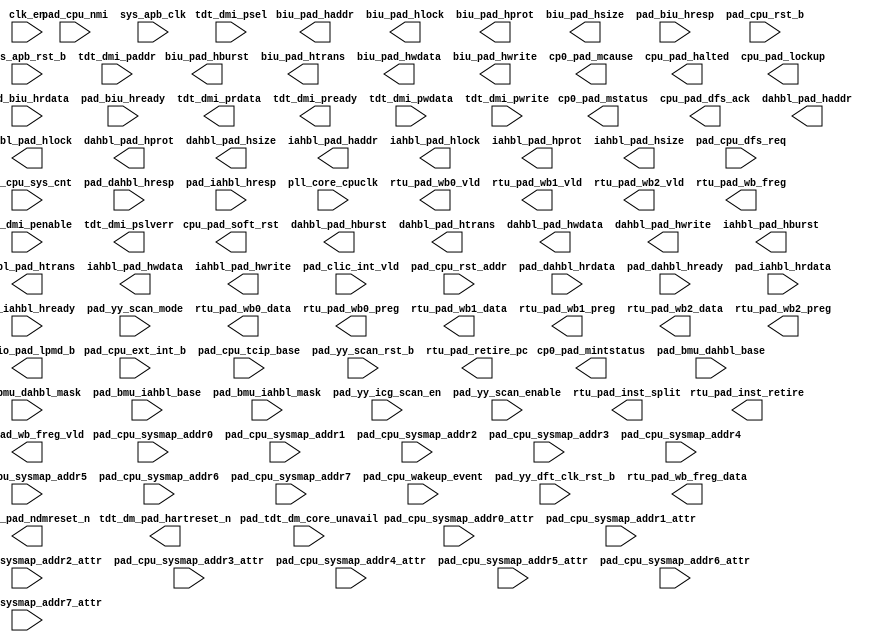
/*Copyright 2020-2021 T-Head Semiconductor Co., Ltd.

Licensed under the Apache License, Version 2.0 (the "License");
you may not use this file except in compliance with the License.
You may obtain a copy of the License at

    http://www.apache.org/licenses/LICENSE-2.0

Unless required by applicable law or agreed to in writing, software
distributed under the License is distributed on an "AS IS" BASIS,
WITHOUT WARRANTIES OR CONDITIONS OF ANY KIND, either express or implied.
See the License for the specific language governing permissions and
limitations under the License.
*/
module pa_cpu_top_golden_port(
  biu_pad_haddr,
  biu_pad_hburst,
  biu_pad_hlock,
  biu_pad_hprot,
  biu_pad_hsize,
  biu_pad_htrans,
  biu_pad_hwdata,
  biu_pad_hwrite,
  clk_en,
  cp0_pad_mcause,
  cp0_pad_mintstatus,
  cp0_pad_mstatus,
  cpu_pad_dfs_ack,
  cpu_pad_halted,
  cpu_pad_lockup,
  cpu_pad_soft_rst,
  dahbl_pad_haddr,
  dahbl_pad_hburst,
  dahbl_pad_hlock,
  dahbl_pad_hprot,
  dahbl_pad_hsize,
  dahbl_pad_htrans,
  dahbl_pad_hwdata,
  dahbl_pad_hwrite,
  iahbl_pad_haddr,
  iahbl_pad_hburst,
  iahbl_pad_hlock,
  iahbl_pad_hprot,
  iahbl_pad_hsize,
  iahbl_pad_htrans,
  iahbl_pad_hwdata,
  iahbl_pad_hwrite,
  pad_biu_hrdata,
  pad_biu_hready,
  pad_biu_hresp,
  pad_bmu_dahbl_base,
  pad_bmu_dahbl_mask,
  pad_bmu_iahbl_base,
  pad_bmu_iahbl_mask,
  pad_clic_int_vld,
  pad_cpu_dfs_req,
  pad_cpu_ext_int_b,
  pad_cpu_nmi,
  pad_cpu_rst_addr,
  pad_cpu_rst_b,
  pad_cpu_sys_cnt,
  pad_cpu_sysmap_addr0,
  pad_cpu_sysmap_addr0_attr,
  pad_cpu_sysmap_addr1,
  pad_cpu_sysmap_addr1_attr,
  pad_cpu_sysmap_addr2,
  pad_cpu_sysmap_addr2_attr,
  pad_cpu_sysmap_addr3,
  pad_cpu_sysmap_addr3_attr,
  pad_cpu_sysmap_addr4,
  pad_cpu_sysmap_addr4_attr,
  pad_cpu_sysmap_addr5,
  pad_cpu_sysmap_addr5_attr,
  pad_cpu_sysmap_addr6,
  pad_cpu_sysmap_addr6_attr,
  pad_cpu_sysmap_addr7,
  pad_cpu_sysmap_addr7_attr,
  pad_cpu_tcip_base,
  pad_cpu_wakeup_event,
  pad_dahbl_hrdata,
  pad_dahbl_hready,
  pad_dahbl_hresp,
  pad_iahbl_hrdata,
  pad_iahbl_hready,
  pad_iahbl_hresp,
  pad_tdt_dm_core_unavail,
  pad_yy_dft_clk_rst_b,
  pad_yy_icg_scan_en,
  pad_yy_scan_enable,
  pad_yy_scan_mode,
  pad_yy_scan_rst_b,
  pll_core_cpuclk,
  rtu_pad_inst_retire,
  rtu_pad_inst_split,
  rtu_pad_retire_pc,
  rtu_pad_wb0_data,
  rtu_pad_wb0_preg,
  rtu_pad_wb0_vld,
  rtu_pad_wb1_data,
  rtu_pad_wb1_preg,
  rtu_pad_wb1_vld,
  rtu_pad_wb2_data,
  rtu_pad_wb2_preg,
  rtu_pad_wb2_vld,
  rtu_pad_wb_freg,
  rtu_pad_wb_freg_data,
  rtu_pad_wb_freg_vld,
  sys_apb_clk,
  sys_apb_rst_b,
  sysio_pad_lpmd_b,
  tdt_dm_pad_hartreset_n,
  tdt_dm_pad_ndmreset_n,
  tdt_dmi_paddr,
  tdt_dmi_penable,
  tdt_dmi_prdata,
  tdt_dmi_pready,
  tdt_dmi_psel,
  tdt_dmi_pslverr,
  tdt_dmi_pwdata,
  tdt_dmi_pwrite
);

// &Ports @3
input            clk_en; 
input   [31 :0]  pad_biu_hrdata; 
input            pad_biu_hready; 
input            pad_biu_hresp; 
input   [11 :0]  pad_bmu_dahbl_base; 
input   [11 :0]  pad_bmu_dahbl_mask; 
input   [11 :0]  pad_bmu_iahbl_base; 
input   [11 :0]  pad_bmu_iahbl_mask; 
input   [127:0]  pad_clic_int_vld; 
input            pad_cpu_dfs_req; 
input            pad_cpu_ext_int_b; 
input            pad_cpu_nmi; 
input   [31 :0]  pad_cpu_rst_addr; 
input            pad_cpu_rst_b; 
input   [63 :0]  pad_cpu_sys_cnt; 
input   [19 :0]  pad_cpu_sysmap_addr0; 
input   [2  :0]  pad_cpu_sysmap_addr0_attr; 
input   [19 :0]  pad_cpu_sysmap_addr1; 
input   [2  :0]  pad_cpu_sysmap_addr1_attr; 
input   [19 :0]  pad_cpu_sysmap_addr2; 
input   [2  :0]  pad_cpu_sysmap_addr2_attr; 
input   [19 :0]  pad_cpu_sysmap_addr3; 
input   [2  :0]  pad_cpu_sysmap_addr3_attr; 
input   [19 :0]  pad_cpu_sysmap_addr4; 
input   [2  :0]  pad_cpu_sysmap_addr4_attr; 
input   [19 :0]  pad_cpu_sysmap_addr5; 
input   [2  :0]  pad_cpu_sysmap_addr5_attr; 
input   [19 :0]  pad_cpu_sysmap_addr6; 
input   [2  :0]  pad_cpu_sysmap_addr6_attr; 
input   [19 :0]  pad_cpu_sysmap_addr7; 
input   [2  :0]  pad_cpu_sysmap_addr7_attr; 
input   [31 :0]  pad_cpu_tcip_base; 
input            pad_cpu_wakeup_event; 
input   [31 :0]  pad_dahbl_hrdata; 
input            pad_dahbl_hready; 
input            pad_dahbl_hresp; 
input   [31 :0]  pad_iahbl_hrdata; 
input            pad_iahbl_hready; 
input            pad_iahbl_hresp; 
input            pad_tdt_dm_core_unavail; 
input            pad_yy_dft_clk_rst_b; 
input            pad_yy_icg_scan_en; 
input            pad_yy_scan_enable; 
input            pad_yy_scan_mode; 
input            pad_yy_scan_rst_b; 
input            pll_core_cpuclk; 
input            sys_apb_clk; 
input            sys_apb_rst_b; 
input   [11 :0]  tdt_dmi_paddr; 
input            tdt_dmi_penable; 
input            tdt_dmi_psel; 
input   [31 :0]  tdt_dmi_pwdata; 
input            tdt_dmi_pwrite; 
output  [31 :0]  biu_pad_haddr; 
output  [2  :0]  biu_pad_hburst; 
output           biu_pad_hlock; 
output  [3  :0]  biu_pad_hprot; 
output  [2  :0]  biu_pad_hsize; 
output  [1  :0]  biu_pad_htrans; 
output  [31 :0]  biu_pad_hwdata; 
output           biu_pad_hwrite; 
output  [31 :0]  cp0_pad_mcause; 
output  [31 :0]  cp0_pad_mintstatus; 
output  [31 :0]  cp0_pad_mstatus; 
output           cpu_pad_dfs_ack; 
output           cpu_pad_halted; 
output           cpu_pad_lockup; 
output  [1  :0]  cpu_pad_soft_rst; 
output  [31 :0]  dahbl_pad_haddr; 
output  [2  :0]  dahbl_pad_hburst; 
output           dahbl_pad_hlock; 
output  [3  :0]  dahbl_pad_hprot; 
output  [2  :0]  dahbl_pad_hsize; 
output  [1  :0]  dahbl_pad_htrans; 
output  [31 :0]  dahbl_pad_hwdata; 
output           dahbl_pad_hwrite; 
output  [31 :0]  iahbl_pad_haddr; 
output  [2  :0]  iahbl_pad_hburst; 
output           iahbl_pad_hlock; 
output  [3  :0]  iahbl_pad_hprot; 
output  [2  :0]  iahbl_pad_hsize; 
output  [1  :0]  iahbl_pad_htrans; 
output  [31 :0]  iahbl_pad_hwdata; 
output           iahbl_pad_hwrite; 
output           rtu_pad_inst_retire; 
output           rtu_pad_inst_split; 
output  [31 :0]  rtu_pad_retire_pc; 
output  [31 :0]  rtu_pad_wb0_data; 
output  [5  :0]  rtu_pad_wb0_preg; 
output           rtu_pad_wb0_vld; 
output  [31 :0]  rtu_pad_wb1_data; 
output  [5  :0]  rtu_pad_wb1_preg; 
output           rtu_pad_wb1_vld; 
output  [31 :0]  rtu_pad_wb2_data; 
output  [5  :0]  rtu_pad_wb2_preg; 
output           rtu_pad_wb2_vld; 
output  [4  :0]  rtu_pad_wb_freg; 
output  [31 :0]  rtu_pad_wb_freg_data; 
output           rtu_pad_wb_freg_vld; 
output  [1  :0]  sysio_pad_lpmd_b; 
output           tdt_dm_pad_hartreset_n; 
output           tdt_dm_pad_ndmreset_n; 
output  [31 :0]  tdt_dmi_prdata; 
output           tdt_dmi_pready; 
output           tdt_dmi_pslverr; 


// &Force("input", "pad_yy_scan_mode"); @5
// &Force("input", "pad_yy_scan_enable"); @6
// &Force("input", "pad_yy_scan_rst_b"); @8
// &Force("input", "pad_yy_icg_scan_en"); @9
// &Force("input", "pad_yy_gate_clk_en_b"); @11
// &Force("input","mem_cfg_in"); &Force("bus", "mem_cfg_in",`MEM_CFG_IN_WIDTH-1,0); @15

// &Force("input","mem_cfg_in"); &Force("bus", "mem_cfg_in",`MEM_CFG_IN_WIDTH-1,0); @21

// &Force("input","mem_cfg_in"); &Force("bus", "mem_cfg_in",`MEM_CFG_IN_WIDTH-1,0); @27

// &Force("input", "clk_en"); @33
// &Force("input", "ilite_clk_en"); @36
// &Force("input", "dlite_clk_en"); @39
// &Force("input", "pad_bmu_dahbl_base");        &Force("bus", "pad_bmu_dahbl_base", 11, 0); @43
// &Force("input", "pad_bmu_dahbl_mask");        &Force("bus", "pad_bmu_dahbl_mask", 11, 0); @44
// &Force("input", "pad_dahbl_hrdata");          &Force("bus", "pad_dahbl_hrdata", 31, 0); @45
// &Force("input", "pad_dahbl_hready"); @46
// &Force("input", "pad_dahbl_hresp"); @47
// &Force("output", "dahbl_pad_haddr");          &Force("bus", "dahbl_pad_haddr",31,0); @48
// &Force("output", "dahbl_pad_hburst");         &Force("bus", "dahbl_pad_hburst",2,0); @49
// &Force("output", "dahbl_pad_hprot");          &Force("bus", "dahbl_pad_hprot",3,0); @50
// &Force("output", "dahbl_pad_hsize");          &Force("bus", "dahbl_pad_hsize",2,0); @51
// &Force("output", "dahbl_pad_htrans");         &Force("bus", "dahbl_pad_htrans",1,0); @52
// &Force("output", "dahbl_pad_hwdata");         &Force("bus", "dahbl_pad_hwdata",31,0); @53
// &Force("output", "dahbl_pad_hwrite"); @54
// &Force("output", "dahbl_pad_hlock"); @55
// &Force("input", "pad_bmu_iahbl_base");        &Force("bus", "pad_bmu_iahbl_base", 11, 0); @58
// &Force("input", "pad_bmu_iahbl_mask");        &Force("bus", "pad_bmu_iahbl_mask", 11, 0); @59
// &Force("input", "pad_iahbl_hrdata");          &Force("bus", "pad_iahbl_hrdata", 31, 0); @60
// &Force("input", "pad_iahbl_hready"); @61
// &Force("input", "pad_iahbl_hresp"); @62
// &Force("output", "iahbl_pad_haddr");          &Force("bus", "iahbl_pad_haddr",31,0); @63
// &Force("output", "iahbl_pad_hburst");         &Force("bus", "iahbl_pad_hburst",2,0); @64
// &Force("output", "iahbl_pad_hprot");          &Force("bus", "iahbl_pad_hprot",3,0); @65
// &Force("output", "iahbl_pad_hsize");          &Force("bus", "iahbl_pad_hsize",2,0); @66
// &Force("output", "iahbl_pad_htrans");         &Force("bus", "iahbl_pad_htrans",1,0); @67
// &Force("output", "iahbl_pad_hwdata");         &Force("bus", "iahbl_pad_hwdata",31,0); @68
// &Force("output", "iahbl_pad_hwrite"); @69
// &Force("output", "iahbl_pad_hlock"); @70

// &Force("input", "pad_cpu_dfs_req"); @73
// &Force("output", "cpu_pad_dfs_ack"); @74

// &Force("input", "axim_clk_en"); @78
// &Force("input", "pad_biu_arready"); @79
// &Force("input", "pad_biu_awready"); @80
// &Force("input", "pad_biu_wready"); @81
// &Force("input", "pad_biu_rvalid"); @82
// &Force("input", "pad_biu_rlast"); @83
// &Force("input", "pad_biu_rid");              &Force("bus", "pad_biu_rid",7,0); @84
// &Force("input", "pad_biu_rresp");            &Force("bus", "pad_biu_rresp",1,0); @85
// &Force("input", "pad_biu_rdata");            &Force("bus", "pad_biu_rdata",63,0); @86
// &Force("input", "pad_biu_bvalid"); @87
// &Force("input", "pad_biu_bid");              &Force("bus", "pad_biu_bid",7,0); @88
// &Force("input", "pad_biu_bresp");            &Force("bus", "pad_biu_bresp",1,0); @89
// &Force("input", "pad_cpu_tcip_base");        &Force("bus", "pad_cpu_tcip_base",31,0); @90
// &Force("output", "biu_pad_araddr");          &Force("bus", "biu_pad_araddr",31,0); @92
// &Force("output", "biu_pad_arburst");         &Force("bus", "biu_pad_arburst",1,0); @93
// &Force("output", "biu_pad_arcache");         &Force("bus", "biu_pad_arcache",3,0); @94
// &Force("output", "biu_pad_arid");            &Force("bus", "biu_pad_arid",7,0); @95
// &Force("output", "biu_pad_arlen");           &Force("bus", "biu_pad_arlen",7,0); @96
// &Force("output", "biu_pad_arlock"); @97
// &Force("output", "biu_pad_arprot");          &Force("bus", "biu_pad_arprot",2,0); @98
// &Force("output", "biu_pad_arsize");          &Force("bus", "biu_pad_arsize",2,0); @99
// &Force("output", "biu_pad_arvalid"); @100
// &Force("output", "biu_pad_awaddr");          &Force("bus", "biu_pad_awaddr",31,0); @101
// &Force("output", "biu_pad_awburst");         &Force("bus", "biu_pad_awburst",1,0);  @102
// &Force("output", "biu_pad_awcache");         &Force("bus", "biu_pad_awcache",3,0); @103
// &Force("output", "biu_pad_awid");            &Force("bus", "biu_pad_awid",7,0); @104
// &Force("output", "biu_pad_awlen");           &Force("bus", "biu_pad_awlen",7,0); @105
// &Force("output", "biu_pad_awlock");           @106
// &Force("output", "biu_pad_awprot");          &Force("bus", "biu_pad_awprot",2,0); @107
// &Force("output", "biu_pad_awsize");          &Force("bus", "biu_pad_awsize",2,0);    @108
// &Force("output", "biu_pad_awvalid"); @109
// &Force("output", "biu_pad_bready"); @110
// &Force("output", "biu_pad_rready"); @111
// &Force("output", "biu_pad_wdata");           &Force("bus", "biu_pad_wdata",63,0); @112
// &Force("output", "biu_pad_wlast"); @113
// &Force("output", "biu_pad_wstrb");           &Force("bus", "biu_pad_wstrb",7,0); @114
// &Force("output", "biu_pad_wvalid"); @115
// &Force("input", "pahbl_clk_en"); @118
// &Force("input", "pad_cpu_pahbl_base");        &Force("bus", "pad_cpu_pahbl_base", 11, 0); @119
// &Force("input", "pad_cpu_pahbl_mask");        &Force("bus", "pad_cpu_pahbl_mask", 11, 0); @120
// &Force("input", "pad_pahbl_hrdata");          &Force("bus", "pad_pahbl_hrdata", 31, 0); @121
// &Force("input", "pad_pahbl_hready"); @122
// &Force("input", "pad_pahbl_hresp"); @123
// &Force("input", "pad_pahbl_hexok"); @124
// &Force("output", "pahbl_pad_haddr");          &Force("bus", "pahbl_pad_haddr",31,0); @125
// &Force("output", "pahbl_pad_hburst");         &Force("bus", "pahbl_pad_hburst",2,0); @126
// &Force("output", "pahbl_pad_hprot");          &Force("bus", "pahbl_pad_hprot",6,0); @127
// &Force("output", "pahbl_pad_hsize");          &Force("bus", "pahbl_pad_hsize",2,0); @128
// &Force("output", "pahbl_pad_htrans");         &Force("bus", "pahbl_pad_htrans",1,0); @129
// &Force("output", "pahbl_pad_hwdata");         &Force("bus", "pahbl_pad_hwdata",31,0); @130
// &Force("output", "pahbl_pad_hwrite"); @131
// &Force("output", "pahbl_pad_hmastlock"); @132
// &Force("output", "pahbl_pad_hmaster");        &Force("bus", "pahbl_pad_hmaster",3,0); @133
// &Force("output", "pahbl_pad_hexcl");   @134
// &Force("output", "pahbl_pad_hnonsec");   @135
// &Force("input", "pad_biu_hrdata");           &Force("bus", "pad_biu_hrdata", 31, 0); @138
// &Force("input", "pad_biu_hready"); @139
// &Force("input", "pad_biu_hresp"); @140
// &Force("input", "pad_cpu_tcip_base");        &Force("bus", "pad_cpu_tcip_base",31,0); @141

// &Force("output", "biu_pad_haddr");           &Force("bus", "biu_pad_haddr",31,0); @143
// &Force("output", "biu_pad_hburst");          &Force("bus", "biu_pad_hburst",2,0); @144
// &Force("output", "biu_pad_hprot");           &Force("bus", "biu_pad_hprot",3,0); @145
// &Force("output", "biu_pad_hsize");           &Force("bus", "biu_pad_hsize",2,0); @146
// &Force("output", "biu_pad_htrans");          &Force("bus", "biu_pad_htrans",1,0); @147
// &Force("output", "biu_pad_hwdata");          &Force("bus", "biu_pad_hwdata",31,0); @148
// &Force("output", "biu_pad_hwrite"); @149
// &Force("output", "biu_pad_hlock"); @150

// &Force("input", "pll_core_cpuclk"); @153
// &Force("input", "pad_cpu_rst_b"); @154
// &Force("input", "pad_cpu_sys_cnt");          &Force("bus", "pad_cpu_sys_cnt", 63, 0); @155
// &Force("output", "cpu_pad_soft_rst"); &Force("bus", "cpu_pad_soft_rst", 1, 0); @156
// &Force("output", "cpu_pad_lockup"); @157
// &Force("output", "cpu_pad_halted"); @158
// &Force("input", "pad_cpu_nmi"); @159
// &Force("input", "pad_cpu_rst_addr"); &Force("bus", "pad_cpu_rst_addr", 31, 0); @160
// &Force("input", "pad_cpu_wakeup_event"); @161

//==========================================================
//                       TDT Ports
//==========================================================
// &Force("input","tdt_dmi_paddr");                    &Force("bus","tdt_dmi_paddr",11,0); @166
// &Force("input","tdt_dmi_pwrite"); @167
// &Force("input","tdt_dmi_psel"); @169
// &Force("input","tdt_dmi_psel");                     &Force("bus","tdt_dmi_psel",`TDT_COMP_NUM-1,0); @171
// &Force("input","tdt_dmi_penable"); @173
// &Force("input","tdt_dmi_pwdata");                   &Force("bus","tdt_dmi_pwdata",31,0); @174
// &Force("output","tdt_dmi_prdata");                  &Force("bus","tdt_dmi_prdata",`TDT_COMP_NUM*32-1,0); @175
// &Force("output","tdt_dmi_pready");                   @177
// &Force("output","tdt_dmi_pslverr");                  @178
// &Force("output","tdt_dmi_pready");                  &Force("bus","tdt_dmi_pready",`TDT_COMP_NUM-1,0); @180
// &Force("output","tdt_dmi_pslverr");                 &Force("bus","tdt_dmi_pslverr",`TDT_COMP_NUM-1,0); @181
// &Force("output","tdt_dm_pad_ndmreset_n"); @183

// &Force("output","tdt_dm_pad_hartreset_n"); @186
// &Force("input","pad_tdt_dm_core_unavail"); @187
// &Force("output","tdt_dm_pad_hartreset_n");           &Force("bus","tdt_dm_pad_hartreset_n",`TDT_DM_CORE_NUM-1,0); @189
// &Force("input","pad_tdt_dm_core_unavail");          &Force("bus","pad_tdt_dm_core_unavail",`TDT_DM_CORE_NUM-1,0); @190

// &Force("input","sys_apb_rst_b"); @193

// &Force("input","sys_apb_clk"); @195
// &Force("input","sys_apb_clk_en"); @198

// &Force("input","pad_tdt_dm_halt_req");              &Force("bus","pad_tdt_dm_halt_req",`TDT_DM_EXTHALTTRI_NUM-1,0); @202
// &Force("input","pad_tdt_dm_resume_req");            &Force("bus","pad_tdt_dm_resume_req",`TDT_DM_EXTRESUMETRI_NUM-1,0); @203
// &Force("output","tdt_dm_pad_halt_req");             &Force("bus","tdt_dm_pad_halt_req",`TDT_DM_EXTHALTTRI_NUM-1,0); @204
// &Force("output","tdt_dm_pad_resume_req");           &Force("bus","tdt_dm_pad_resume_req",`TDT_DM_EXTRESUMETRI_NUM-1,0); @205

// &Force("output","tdt_dm_pad_awid");                 &Force("bus","tdt_dm_pad_awid",3,0); @209
// &Force("output","tdt_dm_pad_awaddr");               &Force("bus","tdt_dm_pad_awaddr",`TDT_DM_SBAW-1,0); @210
// &Force("output","tdt_dm_pad_awlen");                &Force("bus","tdt_dm_pad_awlen",3,0); @211
// &Force("output","tdt_dm_pad_awsize");               &Force("bus","tdt_dm_pad_awsize",2,0); @212
// &Force("output","tdt_dm_pad_awvalid"); @213
// &Force("input","pad_tdt_dm_awready"); @214
// &Force("output","tdt_dm_pad_wdata");                &Force("bus","tdt_dm_pad_wdata",`TDT_DM_SBA_DW-1,0); @215
// &Force("output","tdt_dm_pad_wvalid"); @216
// &Force("output","tdt_dm_pad_wlast"); @217
// &Force("output","tdt_dm_pad_wstrb");                &Force("bus","tdt_dm_pad_wstrb",`TDT_DM_SBA_BW-1,0); @218
// &Force("input","pad_tdt_dm_wready"); @219
// &Force("output","tdt_dm_pad_bready"); @220
// &Force("input","pad_tdt_dm_bid");                   &Force("bus","pad_tdt_dm_bid",3,0); @221
// &Force("input","pad_tdt_dm_bresp");                 &Force("bus","pad_tdt_dm_bresp",1,0); @222
// &Force("input","pad_tdt_dm_bvalid"); @223
// &Force("output","tdt_dm_pad_arid");                 &Force("bus","tdt_dm_pad_arid",3,0); @225
// &Force("output","tdt_dm_pad_araddr");               &Force("bus","tdt_dm_pad_araddr",`TDT_DM_SBAW-1,0); @226
// &Force("output","tdt_dm_pad_arlen");                &Force("bus","tdt_dm_pad_arlen",3,0); @227
// &Force("output","tdt_dm_pad_arsize");               &Force("bus","tdt_dm_pad_arsize",2,0); @228
// &Force("output","tdt_dm_pad_arvalid"); @229
// &Force("input","pad_tdt_dm_arready"); @230
// &Force("input","pad_tdt_dm_rid");                   &Force("bus","pad_tdt_dm_rid",3,0); @232
// &Force("input","pad_tdt_dm_rdata");                 &Force("bus","pad_tdt_dm_rdata",`TDT_DM_SBA_DW-1,0); @233
// &Force("input","pad_tdt_dm_rvalid"); @234
// &Force("input","pad_tdt_dm_rlast"); @235
// &Force("input","pad_tdt_dm_rresp");                 &Force("bus","pad_tdt_dm_rresp",1,0); @236
// &Force("output","tdt_dm_pad_rready"); @238
// &Force("output","tdt_dm_pad_awburst");              &Force("bus","tdt_dm_pad_awburst",1,0); @240
// &Force("output","tdt_dm_pad_awcache");              &Force("bus","tdt_dm_pad_awcache",3,0); @241
// &Force("output","tdt_dm_pad_awlock");                @242
// &Force("output","tdt_dm_pad_awprot");               &Force("bus","tdt_dm_pad_awprot",2,0); @243
// &Force("output","tdt_dm_pad_arburst");              &Force("bus","tdt_dm_pad_arburst",1,0); @244
// &Force("output","tdt_dm_pad_arcache");              &Force("bus","tdt_dm_pad_arcache",3,0); @245
// &Force("output","tdt_dm_pad_arlock");                @246
// &Force("output","tdt_dm_pad_arprot");               &Force("bus","tdt_dm_pad_arprot",2,0); @247
// &Force("output","tdt_dm_pad_htrans");               &Force("bus","tdt_dm_pad_htrans",1,0); @250
// &Force("output","tdt_dm_pad_haddr");                &Force("bus","tdt_dm_pad_haddr",`TDT_DM_SBAW-1,0); @251
// &Force("output","tdt_dm_pad_hwrite"); @252
// &Force("output","tdt_dm_pad_hburst");               &Force("bus","tdt_dm_pad_hburst",2,0); @253
// &Force("output","tdt_dm_pad_hsize");                &Force("bus","tdt_dm_pad_hsize",2,0); @254
// &Force("output","tdt_dm_pad_hwdata"); @255
// &Force("output","tdt_dm_pad_hprot");                &Force("bus","tdt_dm_pad_hprot",3,0); @256
// &Force("output","tdt_dm_pad_hmastlock");            &Force("bus","tdt_dm_pad_hwdata",`TDT_DM_SBA_DW-1,0); @257
// &Force("input","pad_tdt_dm_hrdata");                &Force("bus","pad_tdt_dm_hrdata",`TDT_DM_SBA_DW-1,0); @258
// &Force("input","pad_tdt_dm_hready"); @259
// &Force("input","pad_tdt_dm_hresp"); @260

// &Force("output", "rtu_pad_inst_retire"); @263
// &Force("output", "rtu_pad_inst_split"); @264
// &Force("output", "rtu_pad_retire_pc");       &Force("bus", "rtu_pad_retire_pc", 31, 0); @265
// &Force("output", "rtu_pad_wb0_data");         &Force("bus", "rtu_pad_wb0_data", 31, 0); @266
// &Force("output", "rtu_pad_wb0_preg");         &Force("bus", "rtu_pad_wb0_preg", 5, 0); @267
// &Force("output", "rtu_pad_wb0_vld"); @268
// &Force("output", "rtu_pad_wb1_data");         &Force("bus", "rtu_pad_wb1_data", 31, 0); @269
// &Force("output", "rtu_pad_wb1_preg");         &Force("bus", "rtu_pad_wb1_preg", 5, 0); @270
// &Force("output", "rtu_pad_wb1_vld"); @271
// &Force("output", "rtu_pad_wb2_data");         &Force("bus", "rtu_pad_wb2_data", 31, 0); @272
// &Force("output", "rtu_pad_wb2_preg");         &Force("bus", "rtu_pad_wb2_preg", 5, 0); @273
// &Force("output", "rtu_pad_wb2_vld"); @274
// &Force("output", "lsu_pad_sc_pass"); @276
// &Force("output", "cp0_pad_mcause");          &Force("bus", "cp0_pad_mcause", 31, 0); @278
// &Force("output", "cp0_pad_mstatus");         &Force("bus", "cp0_pad_mstatus", 31, 0); @279

// &Force("output","sysio_pad_lpmd_b");          &Force("bus", "sysio_pad_lpmd_b", 1, 0); @281
//==========================================================
//                      CLIC Ports
//==========================================================
// &Force("output", "cp0_pad_mintstatus");      &Force("bus", "cp0_pad_mintstatus", 31, 0); @286
// &Force("input", "pad_clic_int_vld");         &Force("bus", "pad_clic_int_vld", `CLIC_INTNUM-1-16, 0); @288

//==========================================================
//                      CLINT Ports
//==========================================================
// &Force("input", "pad_cpu_ext_int_b"); @295

// &Force("input","pad_yy_dft_clk_rst_b"); @298

//==========================================================
//                        FPU Ports
//==========================================================
// &Force("output", "rtu_pad_wb_freg_vld"); @305
// &Force("output", "rtu_pad_wb_freg"); &Force("bus", "rtu_pad_wb_freg", 4, 0); @306
// &Force("output", "rtu_pad_wb_freg_data"); &Force("bus", "rtu_pad_wb_freg_data", 63, 0); @308
// &Force("output", "rtu_pad_wb_freg_data"); &Force("bus", "rtu_pad_wb_freg_data", 31, 0); @310

// &Force("input","pad_cpu_sysmap_addr0"); &Force("bus","pad_cpu_sysmap_addr0",19,0); @314
// &Force("input","pad_cpu_sysmap_addr1"); &Force("bus","pad_cpu_sysmap_addr1",19,0); @315
// &Force("input","pad_cpu_sysmap_addr2"); &Force("bus","pad_cpu_sysmap_addr2",19,0); @316
// &Force("input","pad_cpu_sysmap_addr3"); &Force("bus","pad_cpu_sysmap_addr3",19,0); @317
// &Force("input","pad_cpu_sysmap_addr4"); &Force("bus","pad_cpu_sysmap_addr4",19,0); @318
// &Force("input","pad_cpu_sysmap_addr5"); &Force("bus","pad_cpu_sysmap_addr5",19,0); @319
// &Force("input","pad_cpu_sysmap_addr6"); &Force("bus","pad_cpu_sysmap_addr6",19,0); @320
// &Force("input","pad_cpu_sysmap_addr7"); &Force("bus","pad_cpu_sysmap_addr7",19,0); @321
// &Force("input","pad_cpu_sysmap_addr0_attr"); &Force("bus","pad_cpu_sysmap_addr0_attr",2,0); @322
// &Force("input","pad_cpu_sysmap_addr1_attr"); &Force("bus","pad_cpu_sysmap_addr1_attr",2,0); @323
// &Force("input","pad_cpu_sysmap_addr2_attr"); &Force("bus","pad_cpu_sysmap_addr2_attr",2,0); @324
// &Force("input","pad_cpu_sysmap_addr3_attr"); &Force("bus","pad_cpu_sysmap_addr3_attr",2,0); @325
// &Force("input","pad_cpu_sysmap_addr4_attr"); &Force("bus","pad_cpu_sysmap_addr4_attr",2,0); @326
// &Force("input","pad_cpu_sysmap_addr5_attr"); &Force("bus","pad_cpu_sysmap_addr5_attr",2,0); @327
// &Force("input","pad_cpu_sysmap_addr6_attr"); &Force("bus","pad_cpu_sysmap_addr6_attr",2,0); @328
// &Force("input","pad_cpu_sysmap_addr7_attr"); &Force("bus","pad_cpu_sysmap_addr7_attr",2,0); @329

// &ModuleEnd @331
endmodule